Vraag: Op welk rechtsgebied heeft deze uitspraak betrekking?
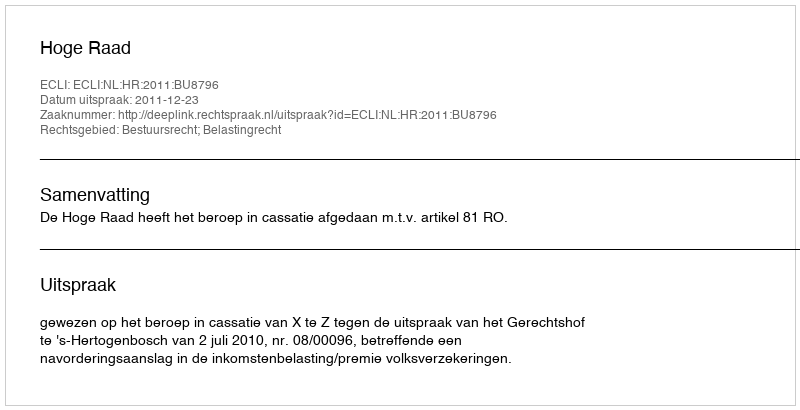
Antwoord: Bestuursrecht; Belastingrecht